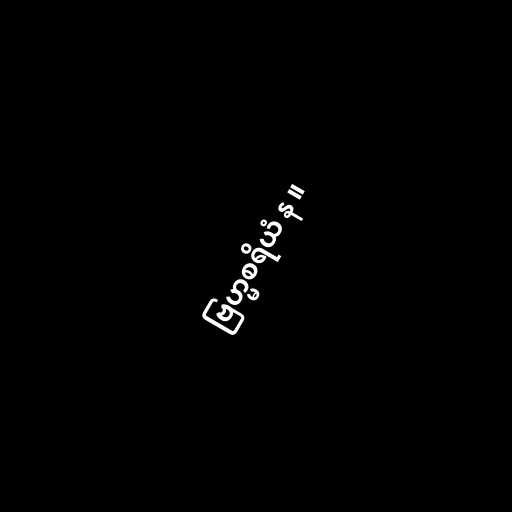
ဗြဟ္မစရိယံ န ။